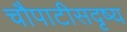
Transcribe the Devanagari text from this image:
चौपाटीसदृष्य